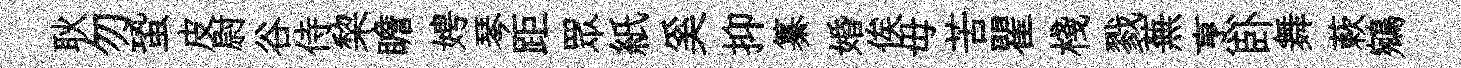
耿勿蛩皮尉谷侍棃瞻娉琴距眾紙奚抑纂婚俟毋苦瞿棧戮蕪烹卧舞蔌鵷